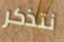
نتذكر